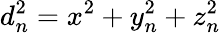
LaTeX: d_{n}^{2}=x^{2}+y_{n}^{2}+z_{n}^{2}